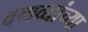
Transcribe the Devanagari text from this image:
वणव्यांच्या